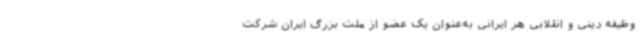
وظیفه دینی و انقلابی هر ایرانی به‌عنوان یک عضو از ملت بزرگ ایران شرکت